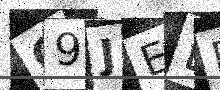
Text: C9JEBE